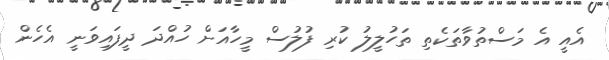
އެއީ އެ މަސްތުވާތަކެތި ތަހުލީލު ކުރި ފުލުސް މީހާއަށް ހުއްދަ ދީފައިވަނީ އެހެން